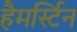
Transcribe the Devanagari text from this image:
हैमर्स्टिन